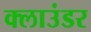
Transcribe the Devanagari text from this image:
क्लाउंडर